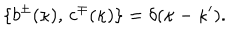
LaTeX: \{ b ^ { \pm } ( \kappa ) , \, c ^ { \mp } ( \kappa ) \} = \delta ( \kappa - \kappa ^ { \prime } ) .